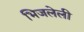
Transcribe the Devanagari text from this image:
भिजलेली